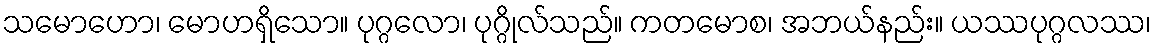
သမောဟော၊ မောဟရှိသော။ ပုဂ္ဂလော၊ ပုဂ္ဂိုလ်သည်။ ကတမောစ၊ အဘယ်နည်း။ ယဿပုဂ္ဂလဿ၊